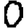
Digit: 0